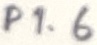
Text: P1.6